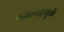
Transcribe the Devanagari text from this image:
रुजल्यामुळे